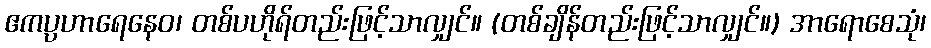
ဧကပ္ပဟာရေနေဝ၊ တစ်ပဟိုရ်တည်းဖြင့်သာလျှင်။ (တစ်ချိန်တည်းဖြင့်သာလျှင်။) အာရောစေသုံ၊